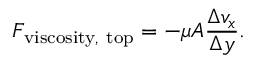
F _ { \mathrm { v i s c o s i t y , ~ t o p } } = - \mu A { \frac { \Delta v _ { x } } { \Delta y } } .